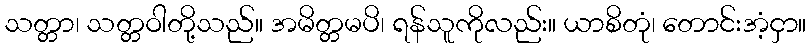
သတ္တာ၊ သတ္တဝါတို့သည်။ အမိတ္တမပိ၊ ရန်သူကိုလည်း။ ယာစိတုံ၊ တောင်းအံ့ငှာ။